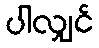
ပါလျှင်